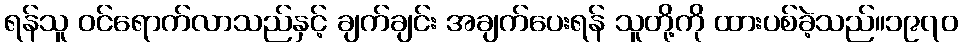
ရန်သူ ဝင်ရောက်လာသည်နှင့် ချက်ချင်း အချက်ပေးရန် သူတို့ကို ထားပစ်ခဲ့သည်။၁၉၇၀